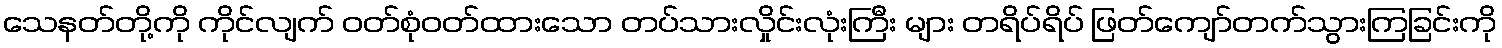
သေနတ်တို့ကို ကိုင်လျက် ဝတ်စုံဝတ်ထားသော တပ်သားလှိုင်းလုံးကြီး များ တရိပ်ရိပ် ဖြတ်ကျော်တက်သွားကြခြင်းကို